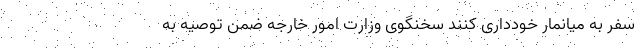
سفر به میانمار خودداری کنند سخنگوی وزارت امور خارجه ضمن توصیه به